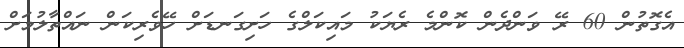
އެގޮތުން 60 ރޭ ވަންދެން ކޮންމެ ރެޔަކު މައިކަލްގެ ހަށިގަނޑަށް ހޭވެރިކަން ނައްތާލުމަށް